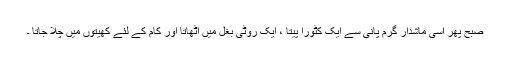
صبح پھر اُسی ماشدار گرم پانی سے ایک کٹورا پیتا ، ایک روٹی بغل میں اٹھاتا اور کام کے لئے کھیتوں میں چلا جاتا ۔